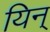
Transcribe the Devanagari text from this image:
यिन्